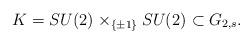
LaTeX: \begin{align*} K = SU(2)_{} \times_{\{\pm 1\}} SU(2)_{} \subset G_{2,s}.\end{align*}